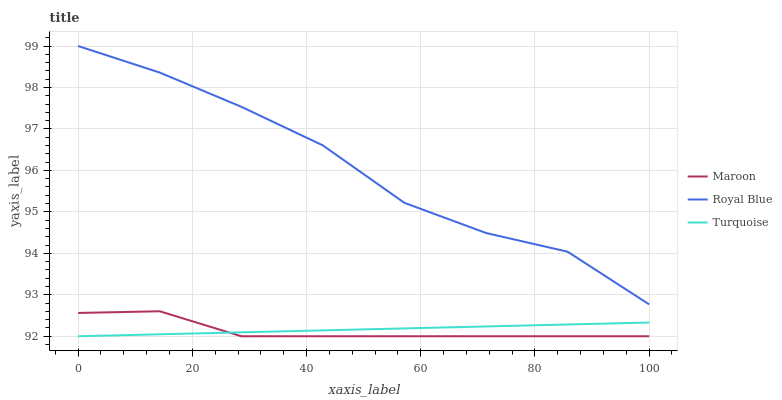
| xaxis_label | Maroon | Royal Blue | Turquoise |
 | --- | --- | --- | --- |
 | 0 | 92.6 | 99 | 92 |
 | 14.3 | 92.6 | 98.4 | 92 |
 | 28.6 | 92 | 97.5 | 92.1 |
 | 42.9 | 92 | 96.6 | 92.1 |
 | 57.1 | 92 | 95.2 | 92.2 |
 | 71.4 | 92 | 94.5 | 92.2 |
 | 85.7 | 92 | 94 | 92.3 |
 | 100 | 92 | 92.8 | 92.3 |